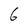
Character: 6